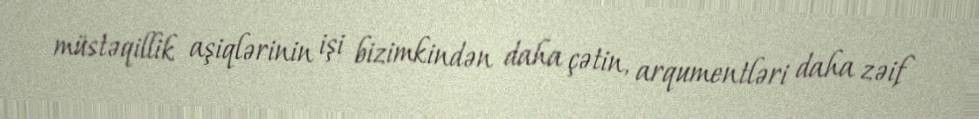
müstəqillik aşiqlərinin işi bizimkindən daha çətin, arqumentləri daha zəif